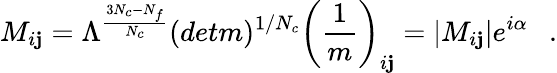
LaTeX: M_{i\mathbf{j}}=\Lambda^{{\frac{{3N_{c}-N_{f}}}{{N_{c}}}}}(detm)^{1/N_{c}}\left({\frac{{1}}{{m}}}\right)_{i\mathbf{j}}=|M_{i\mathbf{j}}|e^{i\alpha}~~~.